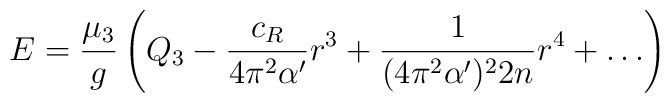
E=\frac{\mu_3}{g}\left( Q_3-\frac{c_R}{4\pi^2\alpha'}r^3+\frac{1}{(4\pi^2\alpha')^2 2n}r^4+\ldots\right)